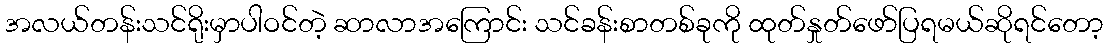
အလယ်တန်းသင်ရိုးမှာပါဝင်တဲ့ ဆာလာအကြောင်း သင်ခန်းစာတစ်ခုကို ထုတ်နှုတ်ဖော်ပြရမယ်ဆိုရင်တော့